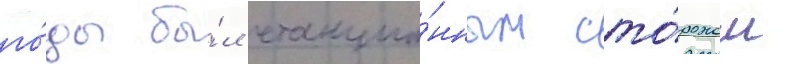
го́ды бы́л станцио́нным сто́рожем